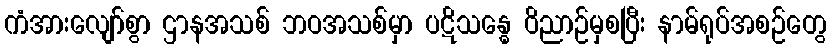
ကံအားလျော်စွာ ဌာနအသစ် ဘဝအသစ်မှာ ပဋိသန္ဓေ ဝိညာဉ်မှစပြီး နာမ်ရုပ်အစဉ်တွေ